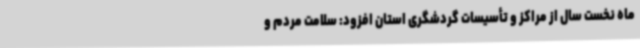
ماه نخست سال از مراکز و تأسیسات گردشگری استان افزود: سلامت مردم و